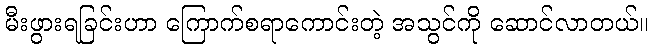
မီးဖွားရခြင်းဟာ ကြောက်စရာကောင်းတဲ့ အသွင်ကို ဆောင်လာတယ်။